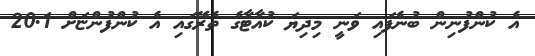
އެ ކުންފުނިން ބުނެފައި ވަނީ މިދިޔަ ކުއާޓާގެ ތެރޭގައި އެ ކުންފުންޏަށް 20.1